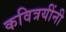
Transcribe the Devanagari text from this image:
कवित्रयींनी